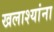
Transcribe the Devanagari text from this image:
खलाश्यांना